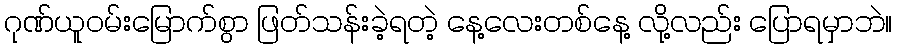
ဂုဏ်ယူဝမ်းမြောက်စွာ ဖြတ်သန်းခဲ့ရတဲ့ နေ့လေးတစ်နေ့ လို့လည်း ပြောရမှာဘဲ။